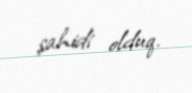
şahidi olduq.